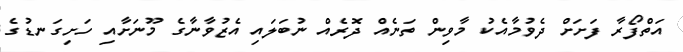
އަތްފޯރާ ފަށަށް ދެވުމާއެކު މާވިން ތަނެއް ދޮރެއް ނުބަލައި އެޒުވާނާގެ މޫނަށާއި ހަށިގަނޑުގެ